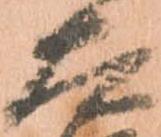
太